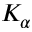
K _ { \alpha }